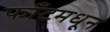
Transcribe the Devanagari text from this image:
फाँटमधून